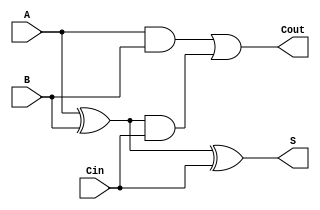
module cla_full_adder (
    input A,
    input B,
    input Cin,
    output S,
    output Cout
);
    wire P, G;
    
    assign P = A ^ B; // Propagate
    assign G = A & B; // Generate

    assign S = P ^ Cin; // Sum
    assign Cout = G | (P & Cin); // Carry Out
endmodule